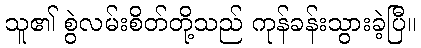
သူ၏ စွဲလမ်းစိတ်တို့သည် ကုန်ခန်းသွားခဲ့ပြီ။